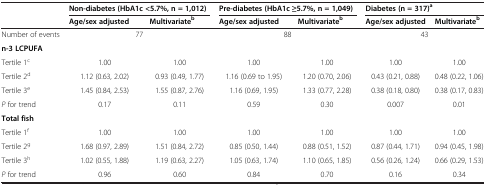
<table><thead><tr><td><b> </b></td><td colspan="2"><b>Non-diabetes (HbA1c &lt;5.7%, n = 1,012)</b></td><td colspan="2"><b>Pre-diabetes (HbA1c ≥5.7%, n = 1,049)</b></td><td colspan="2"><b>Diabetes (n = 317)<sup>a</sup></b></td></tr><tr><td><b> </b></td><td><b>Age/sex adjusted</b></td><td><b>Multivariate<sup>b</sup></b></td><td><b>Age/sex adjusted</b></td><td><b>Multivariate<sup>b</sup></b></td><td><b>Age/sex adjusted</b></td><td><b>Multivariate<sup>b</sup></b></td></tr></thead><tbody><tr><td>Number of events</td><td colspan="2">77</td><td colspan="2">88</td><td colspan="2">43</td></tr><tr><td><b>n-3 LCPUFA</b></td><td> </td><td> </td><td> </td><td> </td><td> </td><td> </td></tr><tr><td>Tertile 1<sup>c</sup></td><td>1.00</td><td>1.00</td><td>1.00</td><td>1.00</td><td>1.00</td><td>1.00</td></tr><tr><td>Tertile 2<sup>d</sup></td><td>1.12 (0.63, 2.02)</td><td>0.93 (0.49, 1.77)</td><td>1.16 (0.69 to 1.95)</td><td>1.20 (0.70, 2.06)</td><td>0.43 (0.21, 0.88)</td><td>0.48 (0.22, 1.06)</td></tr><tr><td>Tertile 3<sup>e</sup></td><td>1.45 (0.84, 2.53)</td><td>1.55 (0.87, 2.76)</td><td>1.16 (0.69, 1.95)</td><td>1.33 (0.77, 2.28)</td><td>0.38 (0.18, 0.80)</td><td>0.38 (0.17, 0.83)</td></tr><tr><td><i>P</i> for trend</td><td>0.17</td><td>0.11</td><td>0.59</td><td>0.30</td><td>0.007</td><td>0.01</td></tr><tr><td><b>Total fish</b></td><td> </td><td> </td><td> </td><td> </td><td> </td><td> </td></tr><tr><td>Tertile 1<sup>f</sup></td><td>1.00</td><td>1.00</td><td>1.00</td><td>1.00</td><td>1.00</td><td>1.00</td></tr><tr><td>Tertile 2<sup>g</sup></td><td>1.68 (0.97, 2.89)</td><td>1.51 (0.84, 2.72)</td><td>0.85 (0.50, 1.44)</td><td>0.88 (0.51, 1.52)</td><td>0.87 (0.44, 1.71)</td><td>0.94 (0.45, 1.98)</td></tr><tr><td>Tertile 3<sup>h</sup></td><td>1.02 (0.55, 1.88)</td><td>1.19 (0.63, 2.27)</td><td>1.05 (0.63, 1.74)</td><td>1.10 (0.65, 1.85)</td><td>0.56 (0.26, 1.24)</td><td>0.66 (0.29, 1.53)</td></tr><tr><td><i>P</i> for trend</td><td>0.96</td><td>0.60</td><td>0.84</td><td>0.70</td><td>0.16</td><td>0.34</td></tr></tbody></table>